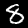
Digit: 8